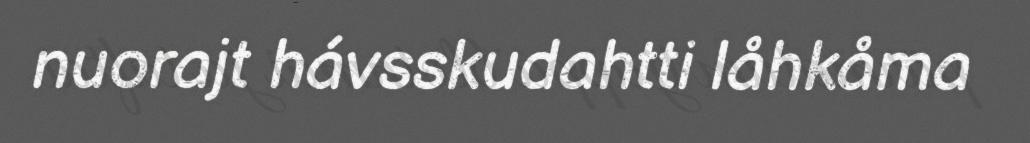
nuorajt hávsskudahtti låhkåma